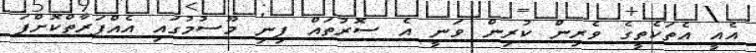
އެއީ އެތަކެތީގެ ވެރިން ކުރިން ވަނީ އެ ސޮރުތައް ފިނި މޫސުމުގައި އެއްފަރާތްކޮށްފަ